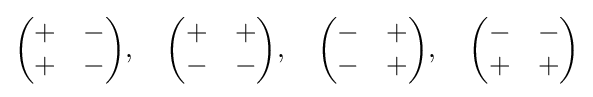
{\begin{pmatrix}+&-\\+&-\end{pmatrix}},\quad {\begin{pmatrix}+&+\\-&-\end{pmatrix}},\quad {\begin{pmatrix}-&+\\-&+\end{pmatrix}},\quad {\begin{pmatrix}-&-\\+&+\end{pmatrix}}